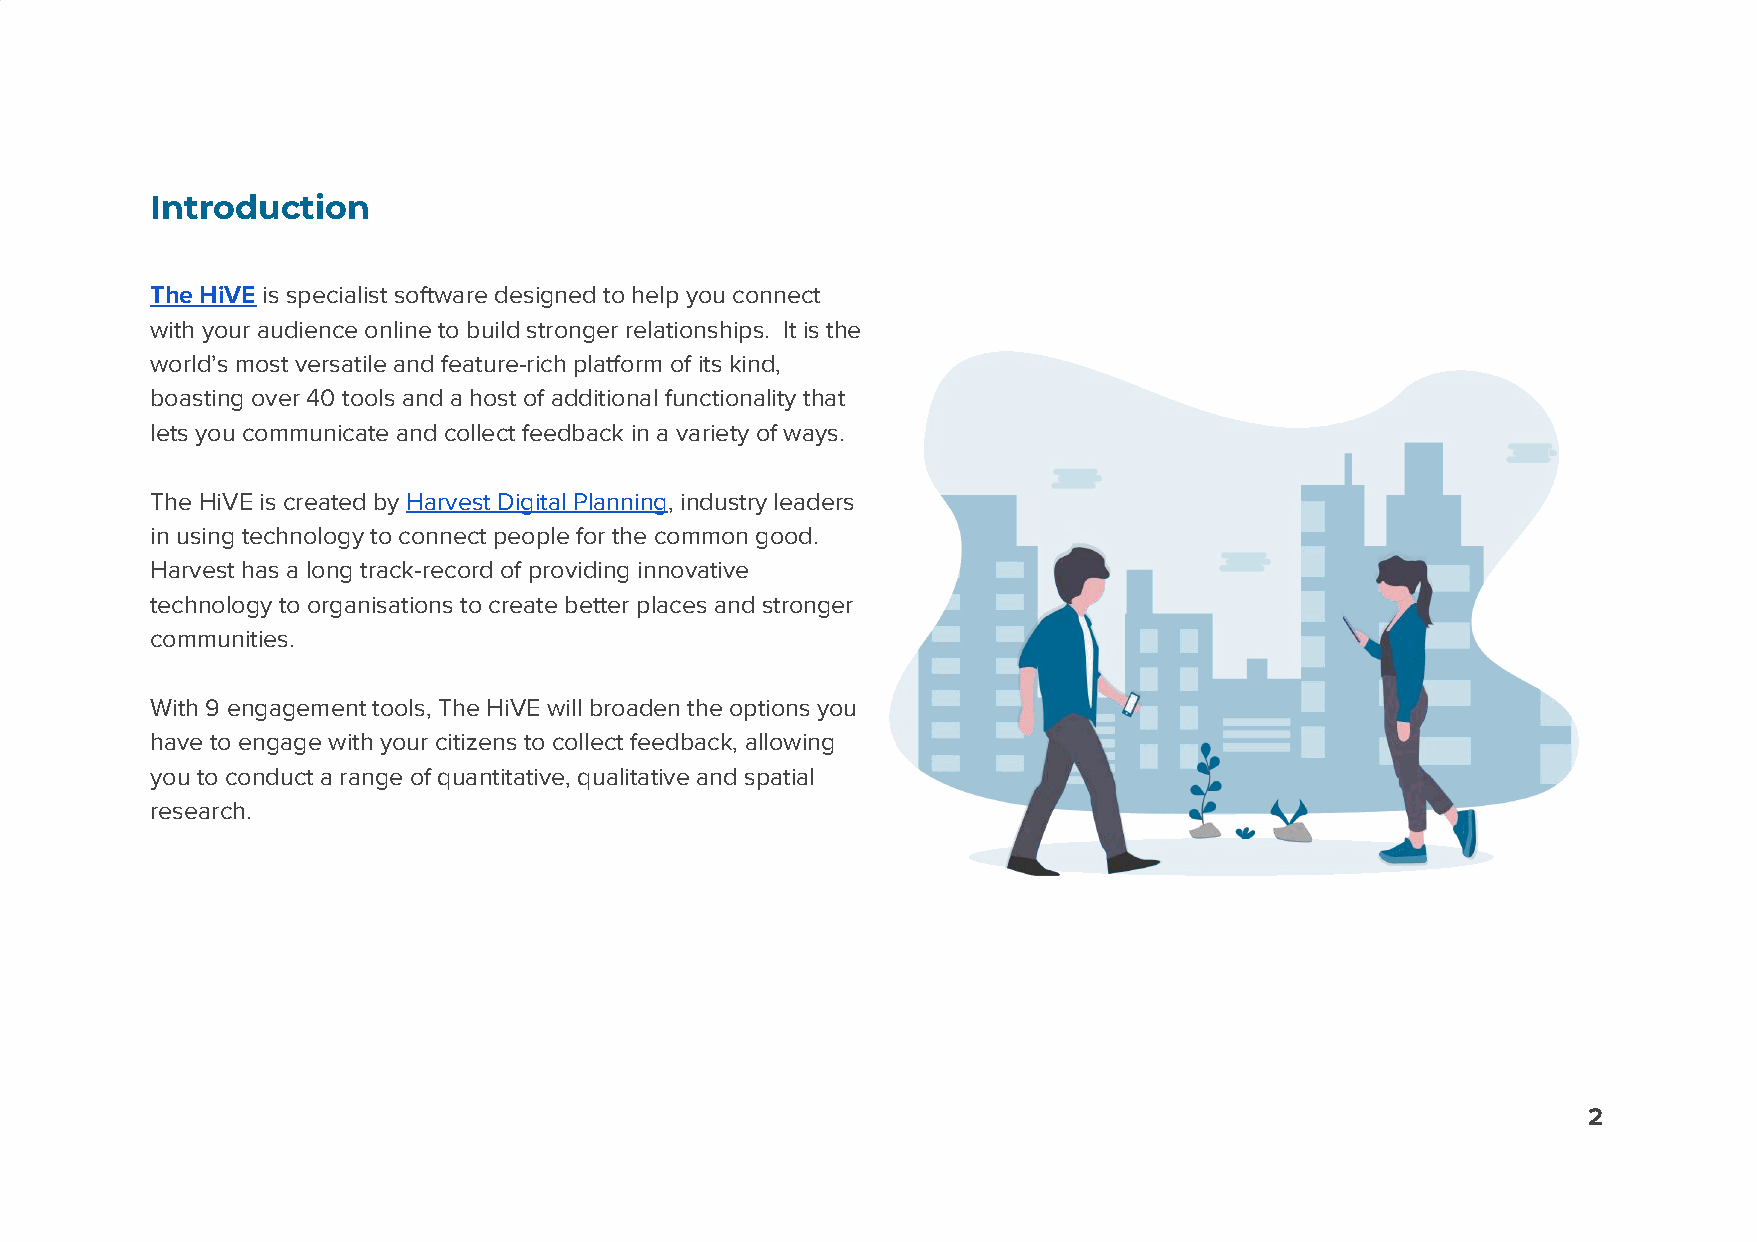
Introduction
 The HiVE is specialist software designed to help you connect
 ​
 with your audience online to build stronger relationships. It is the
 world’s most versatile and feature-rich platform of its kind,
 boasting over 40 tools and a host of additional functionality that
 lets you communicate and collect feedback in a variety of ways.
 The HiVE is created by Harvest Digital Planning, industry leaders
 ​                ​
 in using technology to connect people for the common good.
 Harvest has a long track-record of providing innovative
 technology to organisations to create better places and stronger
 communities.
 With 9 engagement tools, The HiVE will broaden the options you
 have to engage with your citizens to collect feedback, allowing
 you to conduct a range of quantitative, qualitative and spatial
 research.
 2